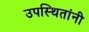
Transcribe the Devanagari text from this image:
उपस्थितांनी